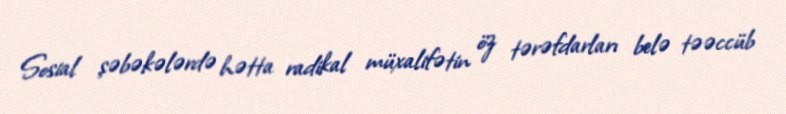
Sosial şəbəkələrdə hətta radikal müxalifətin öz tərəfdarları belə təəccüb